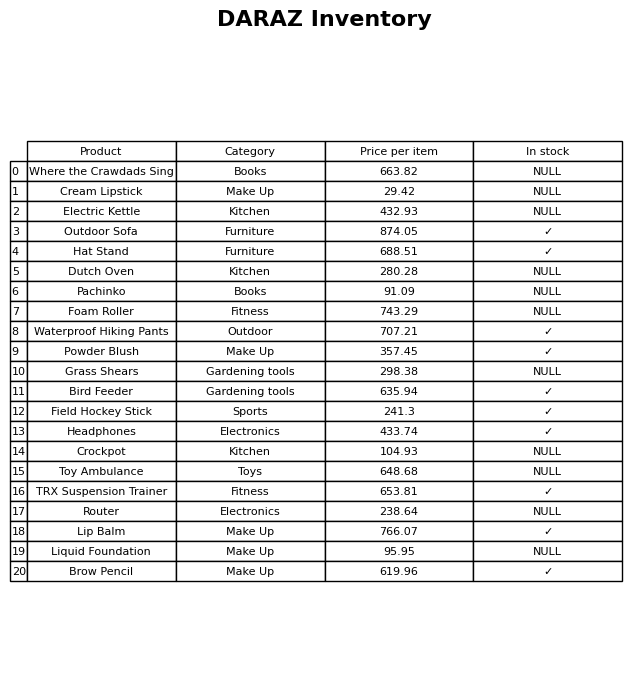
question: Which products are available in stock?
answer: Outdoor Sofa, Hat Stand, Waterproof Hiking Pants, Powder Blush, Bird Feeder, Field Hockey Stick, Headphones, TRX Suspension Trainer, Lip Balm, Brow Pencil